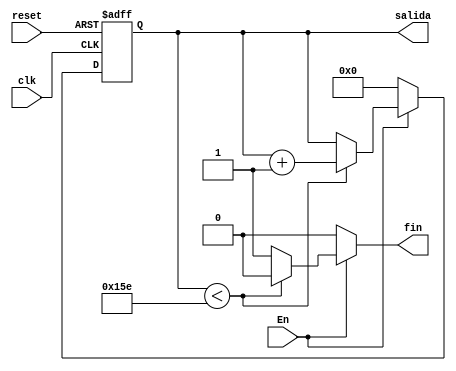
`timescale 1ns / 1ps
//////////////////////////////////////////////////////////////////////////////////
// Company: 
// Engineer: 
// 
// Design Name: 
// Module Name:    cONTADOR 
// Project Name: 
// Target Devices: 
// Tool versions: 
// Description: 
//
// Dependencies: 
//
// Revision: 
// Revision 0.01 - File Created
// Additional Comments: 
//
//////////////////////////////////////////////////////////////////////////////////
module cONTADOR(
input En,
input clk,
input reset,
output [8:0] salida,
output reg fin
    );

reg [8:0]q_act, q_next;


//Body of "state" registers
always@(posedge clk,posedge reset)
	if(reset) begin
		q_act<= 0;end
	else
		q_act <= q_next;

//Specified functions of the counter 		
always@*
begin
	if(En)
	begin
		if(q_act  < 9'd350)///se le quito 50ns po quitar el turning  
				begin
				
				fin <= 1'b0;
					q_next = q_act + 1'b1;
				end
				
		else begin 
			fin <= 1'b1;
			q_next = q_act;
		end
	end
	else begin
		fin <=1'b0;
		q_next = 0;
		end
		
end

assign salida = q_act;
endmodule